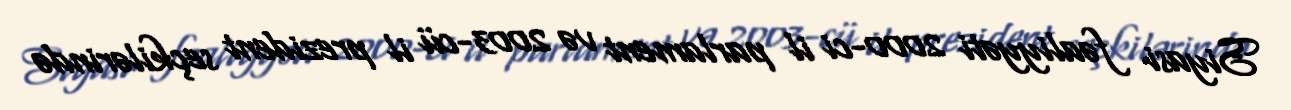
Siyasi fəaliyyəti 2000-ci il parlament və 2003-cü il prezident seçkilərində